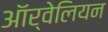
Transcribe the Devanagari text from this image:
ऑर्वेलियन